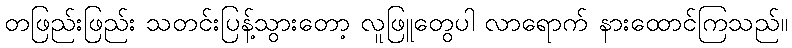
တဖြည်းဖြည်း သတင်းပြန့်သွားတော့ လူဖြူတွေပါ လာရောက် နားထောင်ကြသည်။